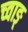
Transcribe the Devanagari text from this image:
च्वाङ्‌